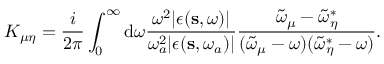
K _ { \mu \eta } = \frac { i } { 2 \pi } \int _ { 0 } ^ { \infty } { \mathrm d } \omega \frac { \omega ^ { 2 } | \epsilon ( \mathbf s , \omega ) | } { \omega _ { a } ^ { 2 } | \epsilon ( \mathbf { s } , \omega _ { a } ) | } \frac { \tilde { \omega } _ { \mu } - \tilde { \omega } _ { \eta } ^ { * } } { ( \tilde { \omega } _ { \mu } - \omega ) ( \tilde { \omega } _ { \eta } ^ { * } - \omega ) } .